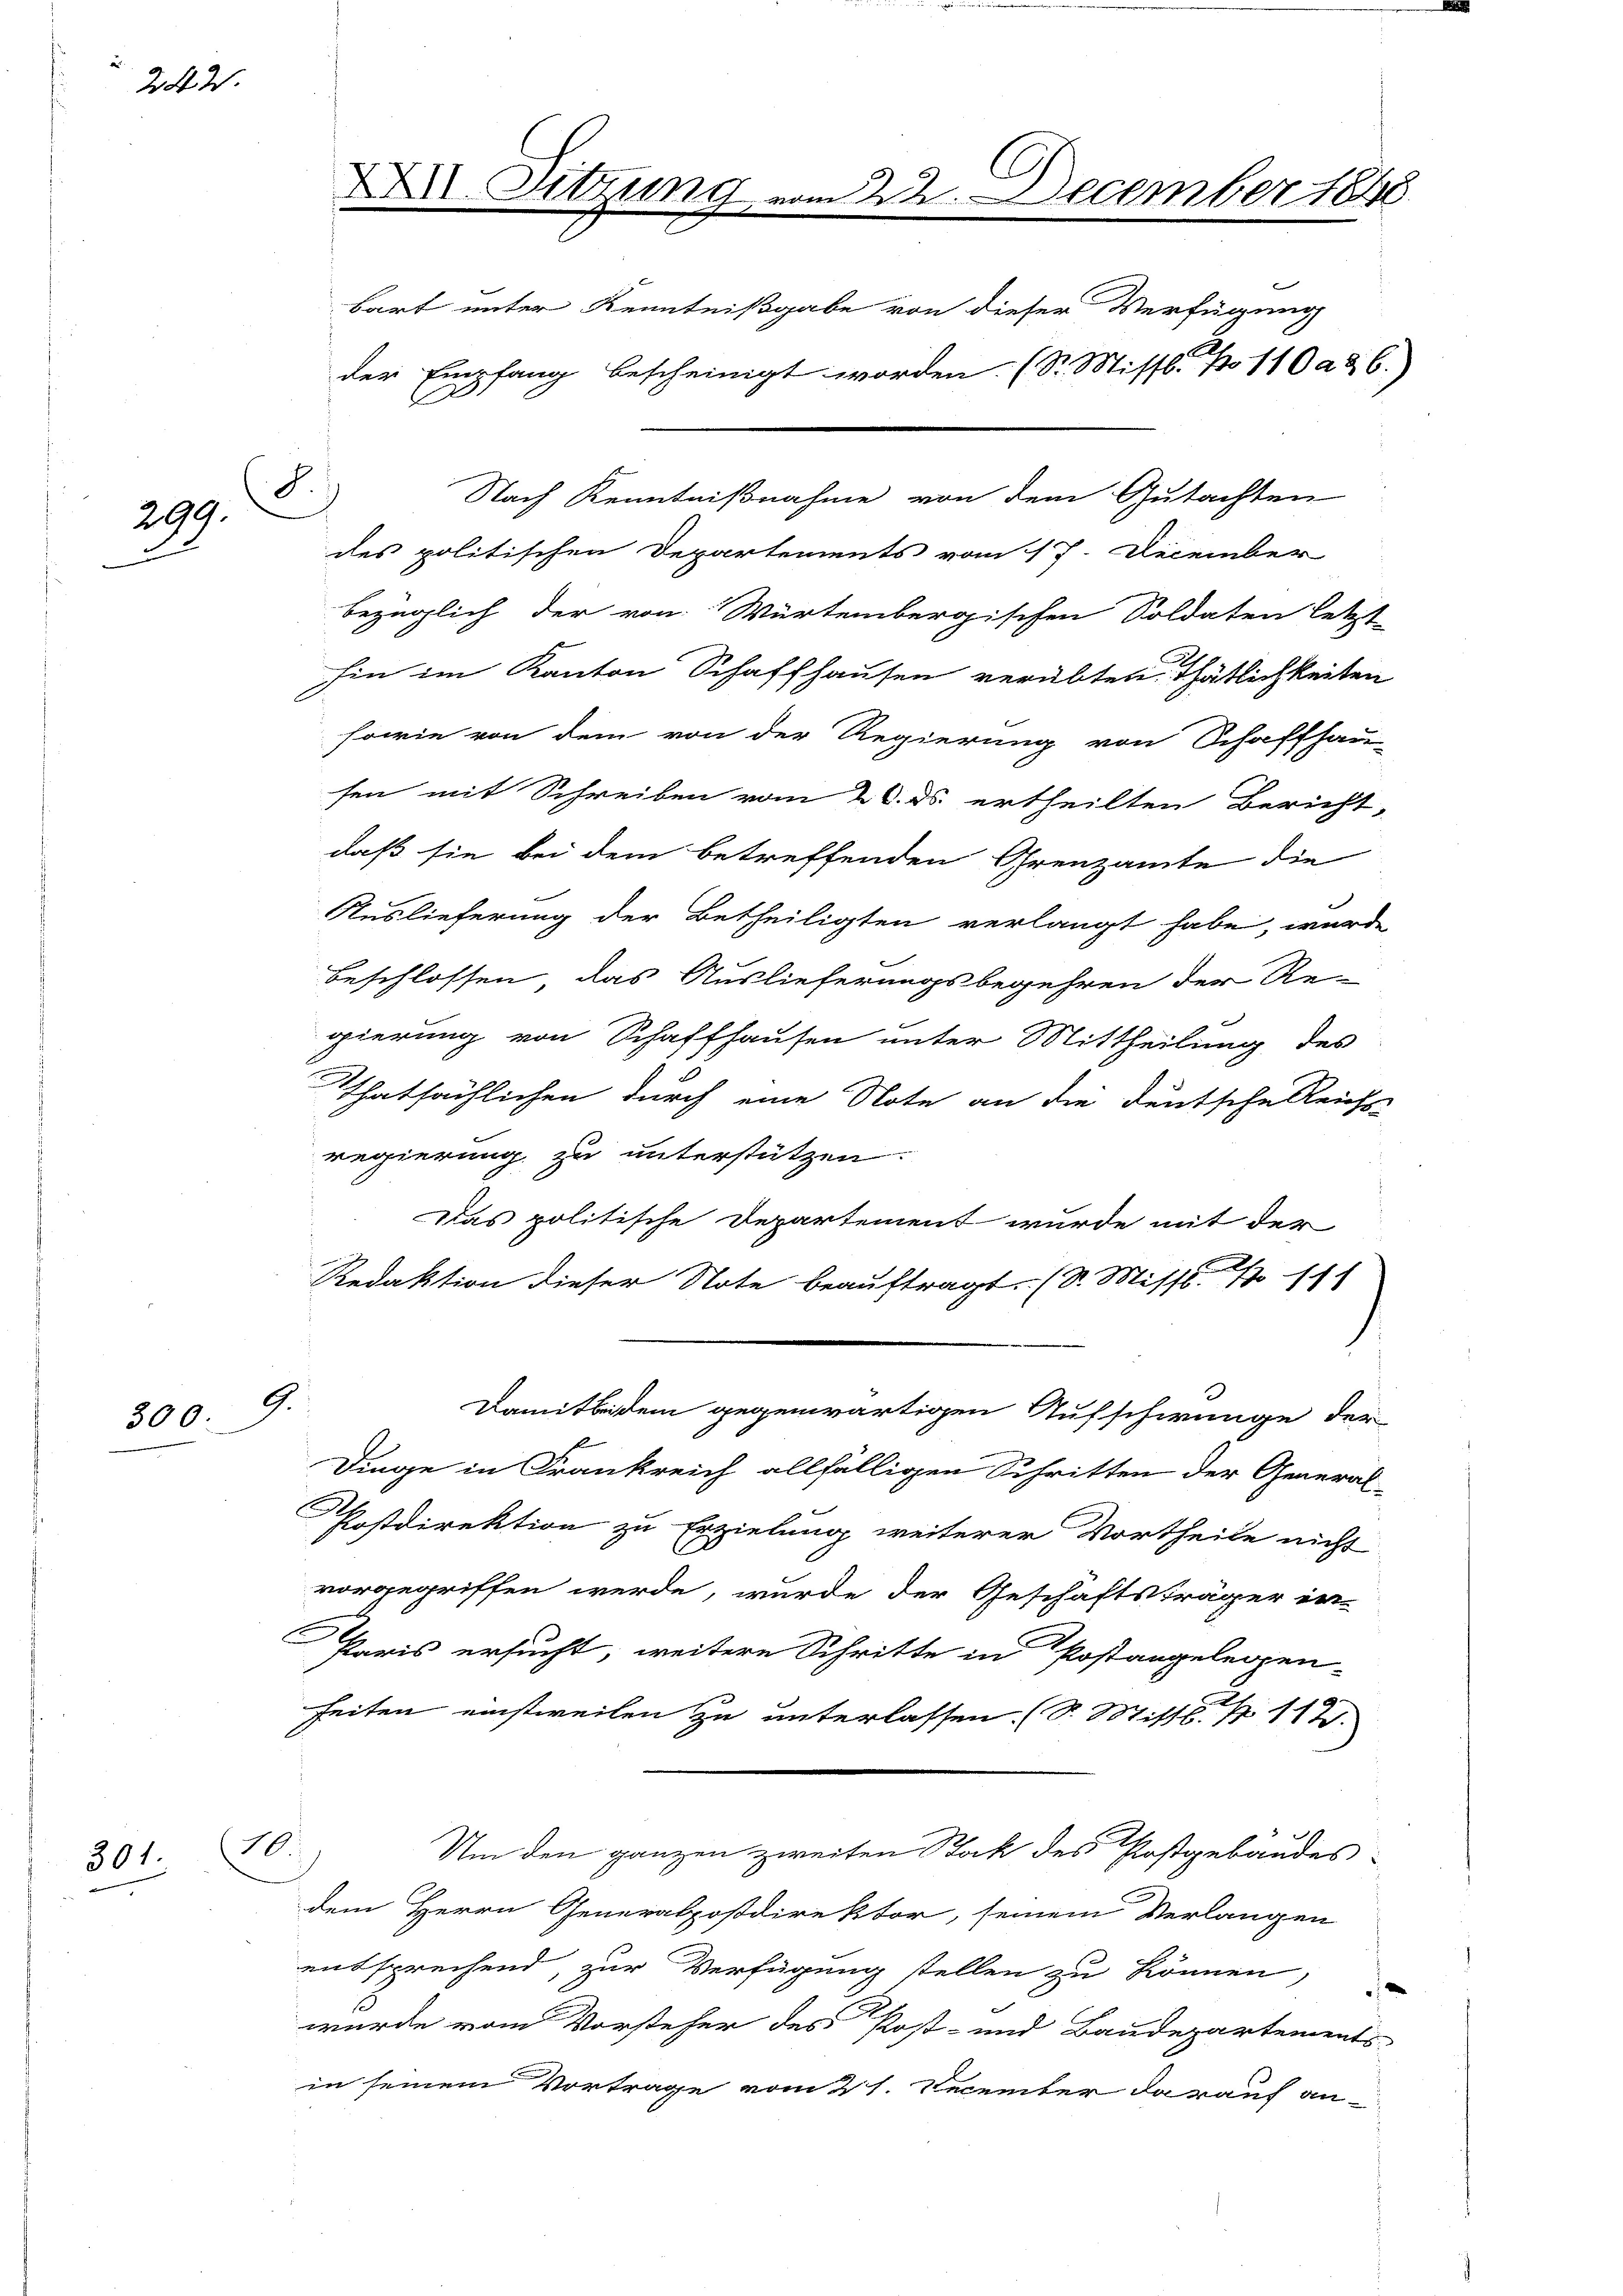
242.

8
299.
u

G.
300.

301.

Nach Kenntnißnahme von dem Gutachten
des politischen Departements vom 17. December
bezüglich der von Würtembergischen Soldaten letzt
hin im Kanton Schaffhausen verübten Thätlichkeiten
sowie von dem von der Regierung von Schaffhau-
sen mit Schreiben vom 26. ds. ertheilten Bericht-
daß sie bei dem betreffenden Grenzamte die
Auslieferung der Betheiligten verlangt habe, wurde
Beschlossen das Auslieferungsbegehren der Re-
gierung von Schaffhausen unter Mittheilung des
Thatsächlichen durch eine Note an die Deutsche Reichs-
regierung zu unterstützen.
Das politische Departement wurde mit der
Redaktion dieser Note beauftragt. (S. Missb. 111
Damit beidem gegenwärtigen Aufschwunge der
E
Dinge in Frankreich allfälligen Schritten der General-
Postdirektion zu Erzielung weiterer Vortheile nicht
vorgegriffen werde, wurde der Geschäftsträger in-
Paris ersucht, weitere Schritte in Postangelegen-
heiten einstweilen zu unterlassen. (S. Mittl. N 117.
Um den ganzen zweiten Stock des Postgebäudes
dem Herrn Generalpostdirektor, seinem Verlangen
entsprechend, zur Verfügung stellen zu können
e
e
wurde vom Vorsteher des Post- und Baudepartements
in seinem Vortrage vom 21. December darauf an-

10.

.
X Sitzung vom 22. December 1888
bart unter Kenntnißgabe von dieser Verfügung
der Empfang bescheinigt worden. (S. Missl. No 110 a 26.)
b